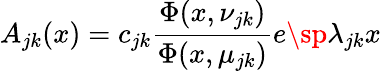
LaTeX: A_{jk}(x)=c_{jk}{\frac{\Phi(x,\nu_{jk})}{\Phi(x,\mu_{jk})}}e\sp{\lambda_{jk}x}